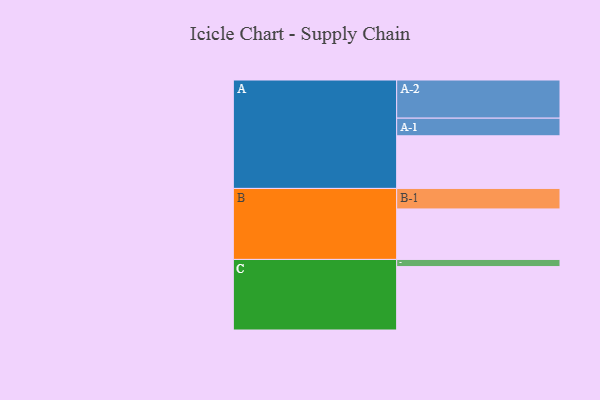
{"axis": {"x": "Segment", "y": "Value"}, "legend": ["", "A", "B", "C"], "data": [{"x": "A", "y": 367, "type": ""}, {"x": "B", "y": 352, "type": ""}, {"x": "C", "y": 442, "type": ""}, {"x": "A-1", "y": 123, "type": "A"}, {"x": "A-2", "y": 266, "type": "A"}, {"x": "B-1", "y": 143, "type": "B"}, {"x": "C-1", "y": 50, "type": "C"}]}